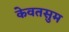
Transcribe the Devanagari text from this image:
केवतसुम